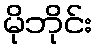
မိုဘိုင်း